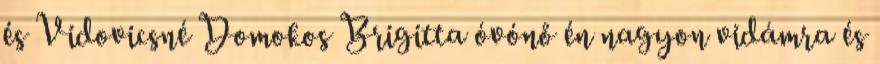
és Vidovicsné Domokos Brigitta óvónő én nagyon vidámra és